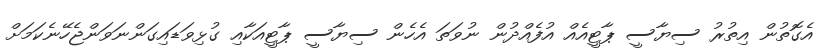
އެގޮތުން އިތުރު ސިޔާސީ ޕާޓީއެއް އުފެއްދުން ނުވަތަ އެހެން ސިޔާސީ ޕާޓީއަކާއި ގުޅިވަޑައިގަންނަވަންޖެހޭނެކަމަށް